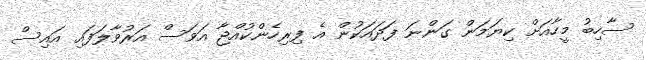
ސާހިބު މީހާއަށް ކިޔަމަން ގަންނަ ފަދައަކުން އެ ފިރިހެންކުއްޖާ އަވަސް އަރުވާލަފައި އައިސް